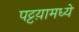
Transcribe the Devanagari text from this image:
पट्टय़ामध्ये